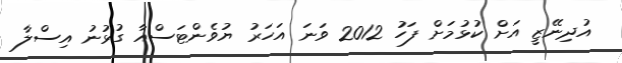
އުދިނޭޒީ އަށް ކުޅުމަށް ފަހު 2012 ވަނަ އަހަރު ޔުވެންޓަސްއާ ގުޅުނު އިސްލާ